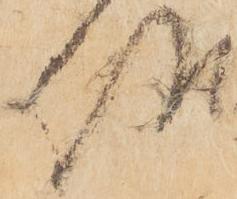
候